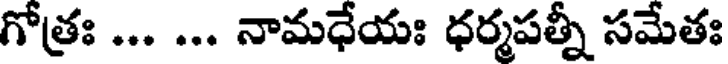
గోత్రః ... ... నామధేయః ధర్మపత్నీ సమేతః